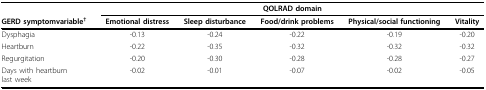
|  | <COLSPAN=5> QOLRAD domain |
 | GERD symptomvariable† | Emotional distress | Sleep disturbance | Food/drink problems | Physical/social functioning | Vitality |
 | --- | --- | --- | --- | --- | --- |
 | Dysphagia | -0.13 | -0.24 | -0.22 | -0.19 | -0.20 |
 | Heartburn | -0.22 | -0.35 | -0.32 | -0.32 | -0.32 |
 | Regurgitation | -0.20 | -0.30 | -0.28 | -0.28 | -0.27 |
 | Days with heartburnlast week | -0.02 | -0.01 | -0.07 | -0.02 | -0.05 |